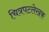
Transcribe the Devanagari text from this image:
चित्रपटलेखक